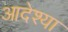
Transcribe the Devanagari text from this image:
आदेश्या